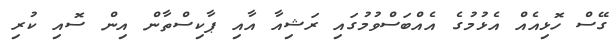
ގޭސް ހޮޅިއެއް އެޅުމުގެ އެއްބަސްވުމުގައި ރަޝިއާ އާއި ޕާކިސްތާން އިން ސޮއި ކުރި